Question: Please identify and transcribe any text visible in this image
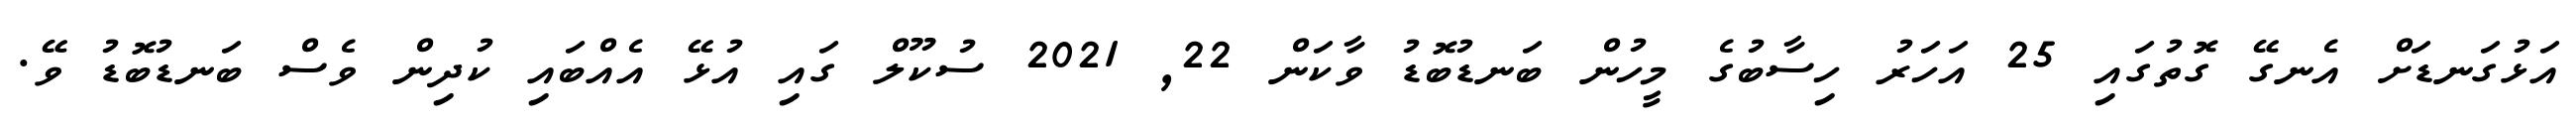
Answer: އަޅުގަނޑަށް އެނގޭ ގޮތުގައި 25 އަހަރު ހިސާބުގެ މީހުން ބަނޑުބޮޑު ވާކަން 22, 2021 ސުކޫލް ގައި އުޅޭ އެއްބައި ކުދިން ވެސް ބަނޑުބޮޑު ވޭ.